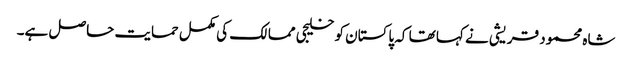
شاہ محمود قریشی نے کہا تھا کہ پاکستان کو خلیجی ممالک کی مکمل حمایت حاصل ہے۔